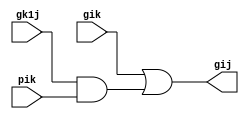
`timescale 1ns / 1ps
//////////////////////////////////////////////////////////////////////////////////
// Company: 
// Engineer: 
// 
// Design Name: 
// Module Name:    Grey 
// Project Name: 
// Target Devices: 
// Tool versions: 
// Description: 
//
// Dependencies: 
//
// Revision: 
// Revision 0.01 - File Created
// Additional Comments: 
//
//////////////////////////////////////////////////////////////////////////////////
module Grey(gij, gik, gk1j, pik);
output gij;
input gik, gk1j, pik;
wire w;
and a1(w,gk1j, pik);
or o1(gij, gik, w);
endmodule